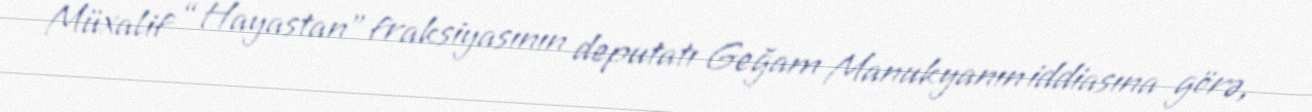
Müxalif “Hayastan” fraksiyasının deputatı Geğam Manukyanın iddiasına görə,